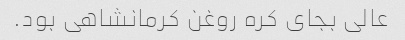
عالی بجای کره روغن کرمانشاهی بود.